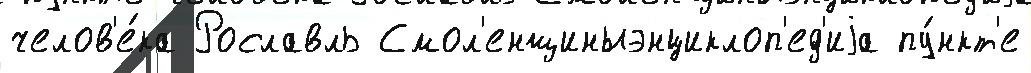
челов'е́ка Рославль Смол'енщиныэнциклоп'ед'иjа пу́нкт'е